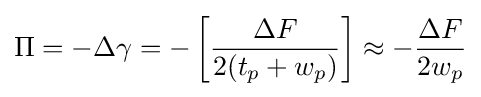
\Pi =-\Delta \gamma =-\left[{\frac {\Delta F}{2(t_{p}+w_{p})}}\right]\approx -{\frac {\Delta F}{2w_{p}}}